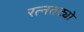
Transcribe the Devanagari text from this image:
रत्नतट्यो